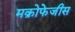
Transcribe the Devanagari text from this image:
मक्रोफेजीस